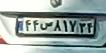
۴۴ص۸۱۷۳۴